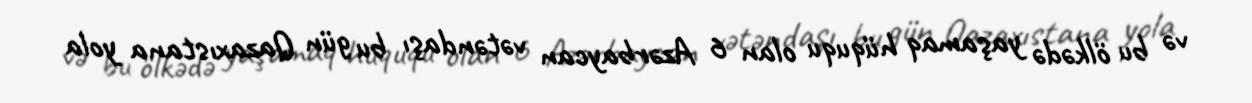
və bu ölkədə yaşamaq hüququ olan 6 Azərbaycan vətəndaşı bu gün Qazaxıstana yola